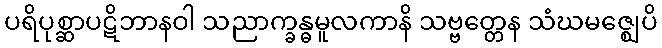
ပရိပုစ္ဆာပဋိဘာနဝါ သညာက္ခန္ဓမူလကာနိ သဗ္ဗတ္တေန သံဃမဇ္ဈေပိ